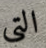
التي